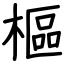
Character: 樞